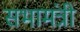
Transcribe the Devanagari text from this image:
सभामंत्री